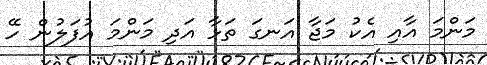
މަންމަ އާއި އެކު މަޖާ އަނގަ ތަޅާ އަދި މަންމަ އުފަލުން ހޭ